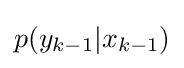
p(y_{k-1}|x_{k-1})